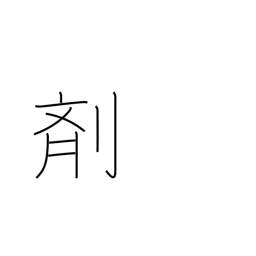
Meaning: medicine